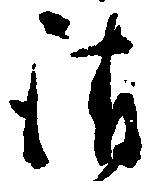
請